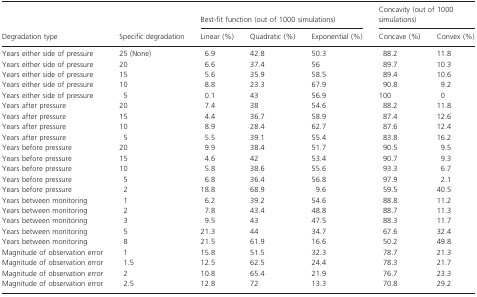
<table><thead><tr><td></td><td></td><td colspan="3"><b>Best-fit function (out of 1000 simulations)</b></td><td colspan="2"><b>Concavity (out of 1000 simulations)</b></td></tr><tr><td><b>Degradation type</b></td><td><b>Specific degradation</b></td><td><b>Linear (%)</b></td><td><b>Quadratic (%)</b></td><td><b>Exponential (%)</b></td><td><b>Concave (%)</b></td><td><b>Convex (%)</b></td></tr></thead><tbody><tr><td>Years either side of pressure</td><td>25 (None)</td><td>6.9</td><td>42.8</td><td>50.3</td><td>88.2</td><td>11.8</td></tr><tr><td>Years either side of pressure</td><td>20</td><td>6.6</td><td>37.4</td><td>56</td><td>89.7</td><td>10.3</td></tr><tr><td>Years either side of pressure</td><td>15</td><td>5.6</td><td>35.9</td><td>58.5</td><td>89.4</td><td>10.6</td></tr><tr><td>Years either side of pressure</td><td>10</td><td>8.8</td><td>23.3</td><td>67.9</td><td>90.8</td><td>9.2</td></tr><tr><td>Years either side of pressure</td><td>5</td><td>0.1</td><td>43</td><td>56.9</td><td>100</td><td>0</td></tr><tr><td>Years after pressure</td><td>20</td><td>7.4</td><td>38</td><td>54.6</td><td>88.2</td><td>11.8</td></tr><tr><td>Years after pressure</td><td>15</td><td>4.4</td><td>36.7</td><td>58.9</td><td>87.4</td><td>12.6</td></tr><tr><td>Years after pressure</td><td>10</td><td>8.9</td><td>28.4</td><td>62.7</td><td>87.6</td><td>12.4</td></tr><tr><td>Years after pressure</td><td>5</td><td>5.5</td><td>39.1</td><td>55.4</td><td>83.8</td><td>16.2</td></tr><tr><td>Years before pressure</td><td>20</td><td>9.9</td><td>38.4</td><td>51.7</td><td>90.5</td><td>9.5</td></tr><tr><td>Years before pressure</td><td>15</td><td>4.6</td><td>42</td><td>53.4</td><td>90.7</td><td>9.3</td></tr><tr><td>Years before pressure</td><td>10</td><td>5.8</td><td>38.6</td><td>55.6</td><td>93.3</td><td>6.7</td></tr><tr><td>Years before pressure</td><td>5</td><td>6.8</td><td>36.4</td><td>56.8</td><td>97.9</td><td>2.1</td></tr><tr><td>Years before pressure</td><td>2</td><td>18.8</td><td>68.9</td><td>9.6</td><td>59.5</td><td>40.5</td></tr><tr><td>Years between monitoring</td><td>1</td><td>6.2</td><td>39.2</td><td>54.6</td><td>88.8</td><td>11.2</td></tr><tr><td>Years between monitoring</td><td>2</td><td>7.8</td><td>43.4</td><td>48.8</td><td>88.7</td><td>11.3</td></tr><tr><td>Years between monitoring</td><td>3</td><td>9.5</td><td>43</td><td>47.5</td><td>88.3</td><td>11.7</td></tr><tr><td>Years between monitoring</td><td>5</td><td>21.3</td><td>44</td><td>34.7</td><td>67.6</td><td>32.4</td></tr><tr><td>Years between monitoring</td><td>8</td><td>21.5</td><td>61.9</td><td>16.6</td><td>50.2</td><td>49.8</td></tr><tr><td>Magnitude of observation error</td><td>1</td><td>15.8</td><td>51.5</td><td>32.3</td><td>78.7</td><td>21.3</td></tr><tr><td>Magnitude of observation error</td><td>1.5</td><td>12.5</td><td>62.5</td><td>24.4</td><td>78.3</td><td>21.7</td></tr><tr><td>Magnitude of observation error</td><td>2</td><td>10.8</td><td>65.4</td><td>21.9</td><td>76.7</td><td>23.3</td></tr><tr><td>Magnitude of observation error</td><td>2.5</td><td>12.8</td><td>72</td><td>13.3</td><td>70.8</td><td>29.2</td></tr></tbody></table>